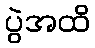
ပွဲအထိ